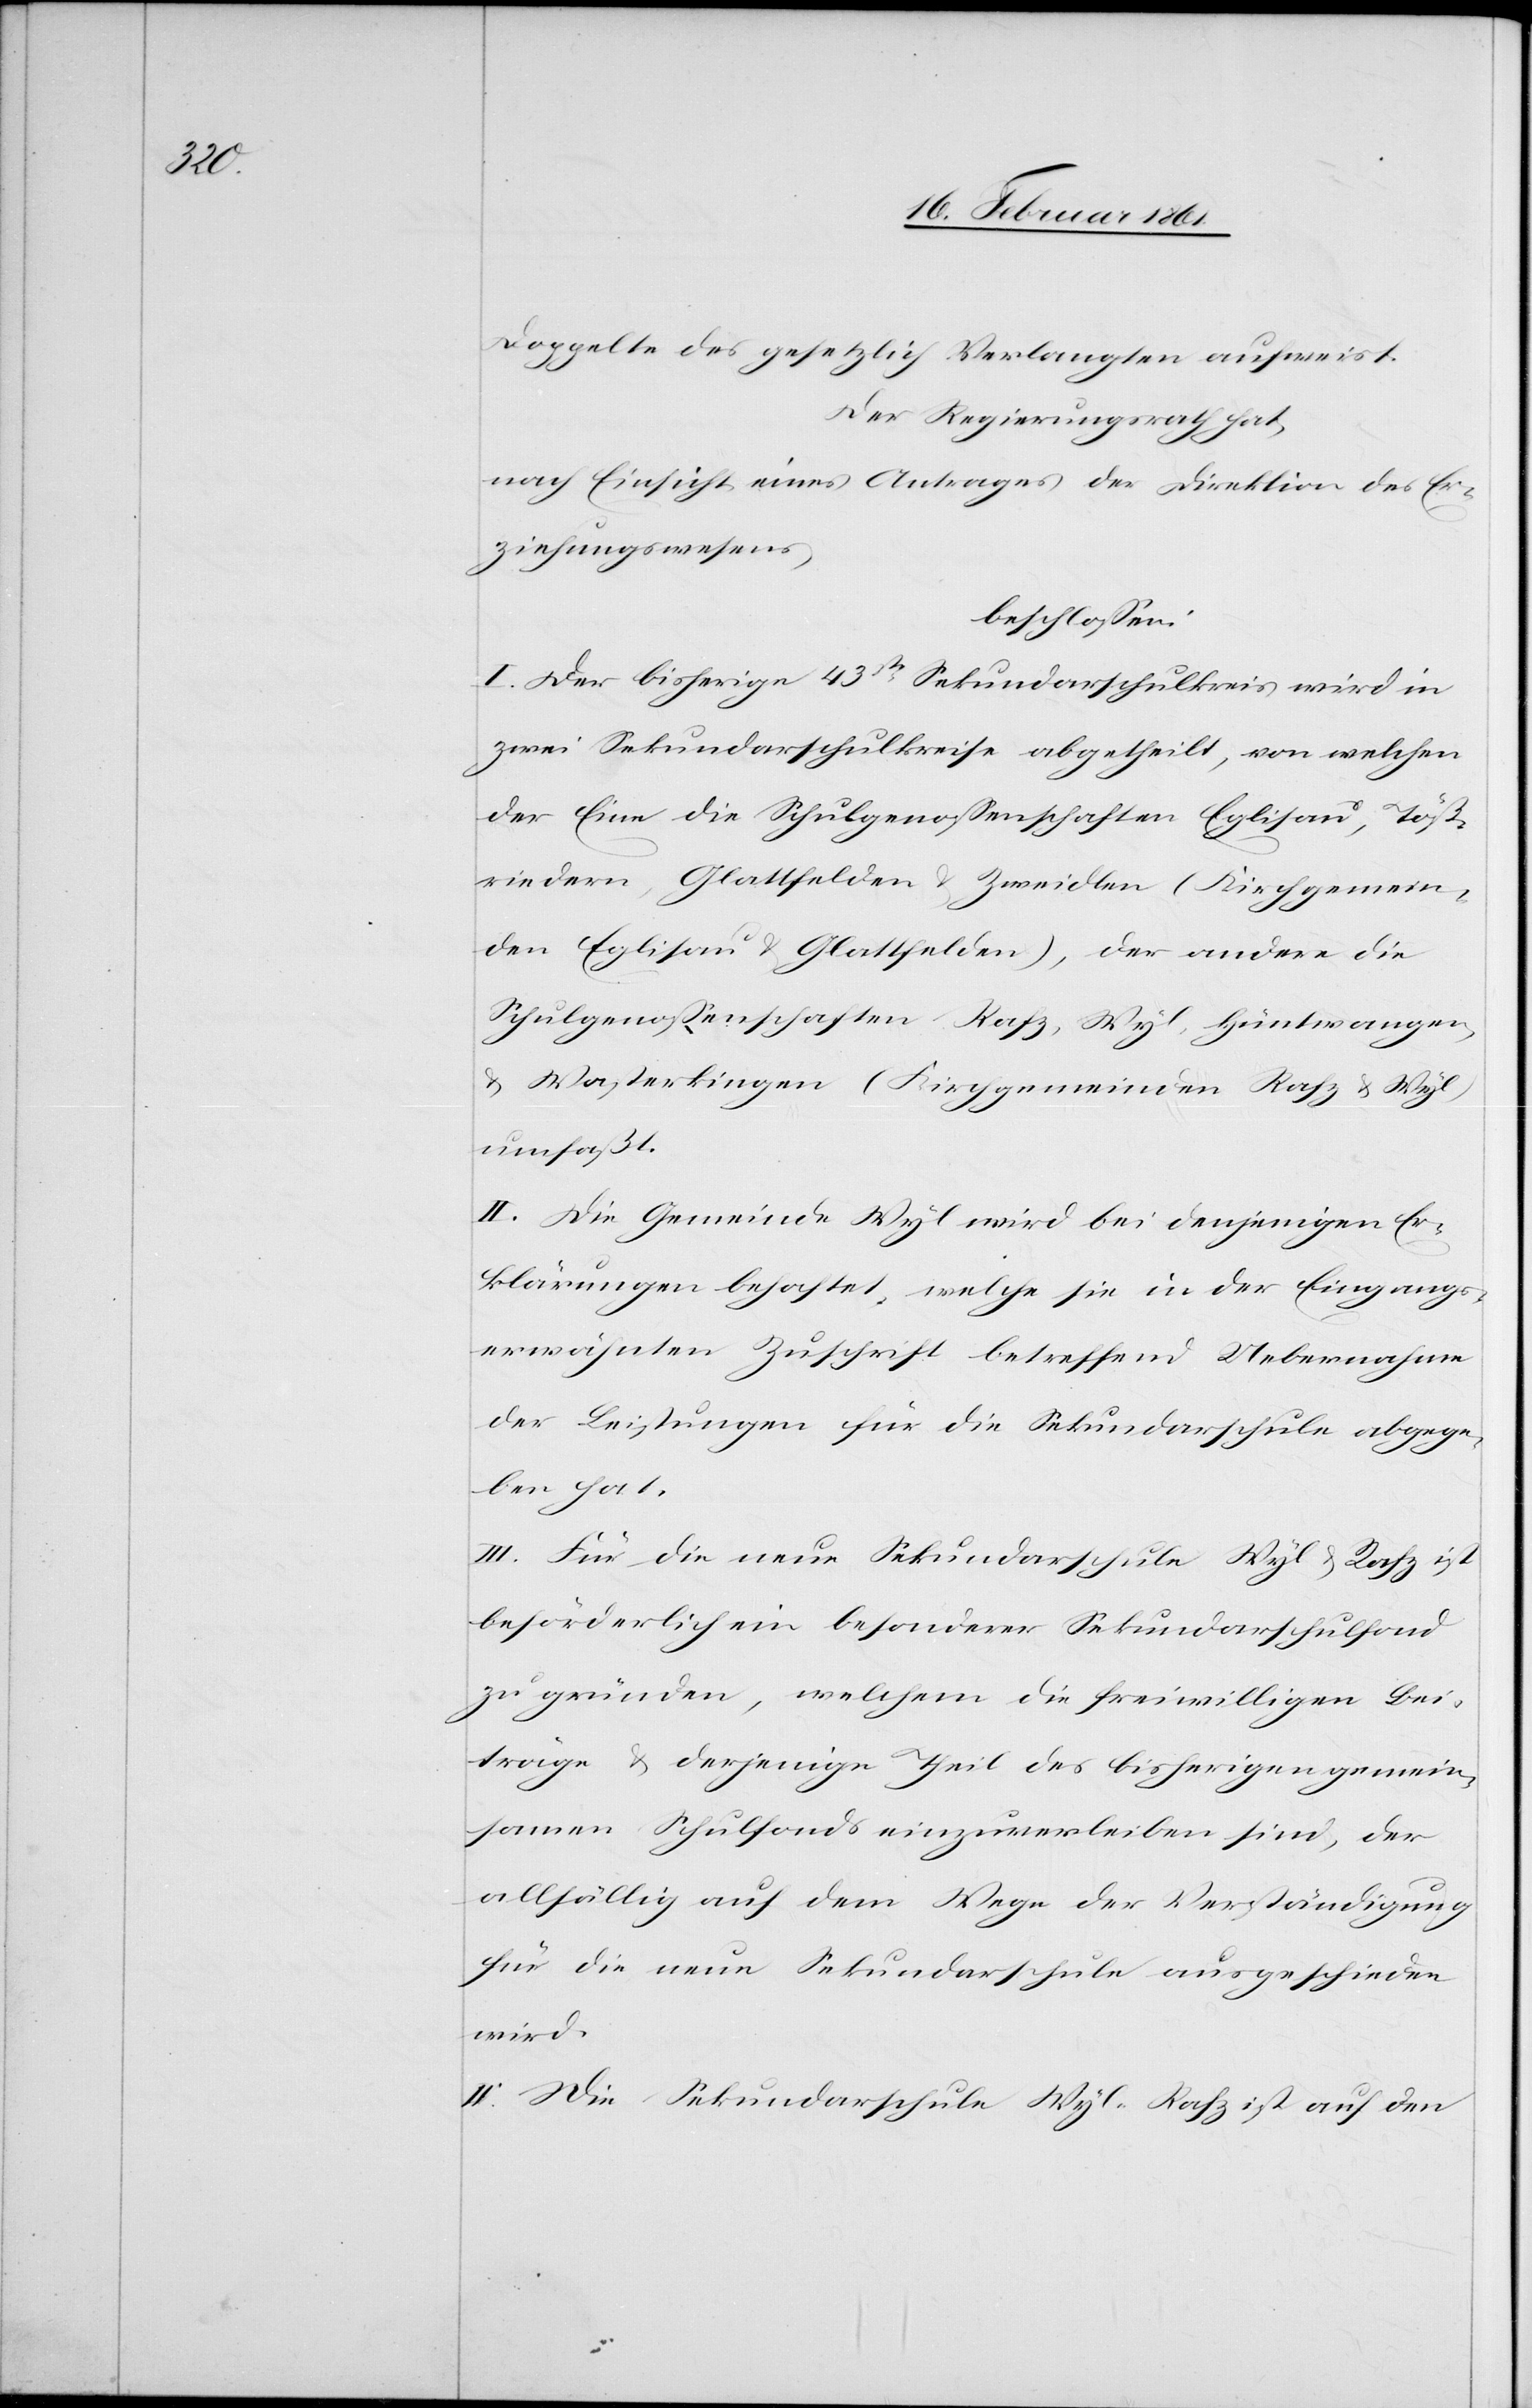
Doppelte des gesetzlichen Verlangten aufweiset.
Der Regierungsrath hat,
nach Einsicht eines Antrages der Direktion des Er¬
ziehungswesens,
beschlossen:
I. Der bisherige 43ste Sekundarschulkreis wird in
zwei Sekundarschulkreise abgetheilt, von welchen
der Eine die Schulgenossenschaften Eglisau, Töß¬
riedern, Glattfelden u. Zweidlen (Kirchgemein¬
de Eglisau u. Glattfelden), der andere die
Schulgenossenschaften Rafz, Wyl, Hüntwangen
u. Wasterkingen (Kirchgemeinden Rafz u. Wyl)
umfaßt.
II. Die Gemeinde Wyl wird bei denjenigen Er¬
klärungen behaftet, welche sie in der Eingangs¬
erwähnten Zuschrift betreffend Uebernahme
der Leistungen für die Sekundarschule abgege¬
ben hat.
III. Für die neue Sekundarschule Wyl u. Rafz ist
beförderlich ein besonderer Sekundarschulfond
zu gründen, welchem die freiwilligen Bei¬
träge u. derjenige Theil des bisherigen gemein¬
samen Schulfonds einzuverleiben sind, der
allfällig auf dem Wege der Verständigung
für die neue Sekundarschule ausgeschieden
wird.
IV. Die Sekundarschule Wyl-Rafz ist auf den